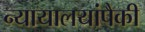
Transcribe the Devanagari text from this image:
न्यायालयांपैकी